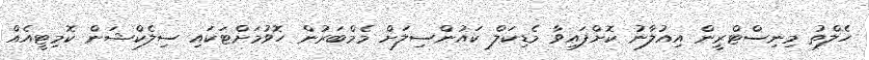
ހެލްތު މިނިސްޓްރީން އިއުލާނު ކޮށްފައިވާ މެޑިކަލް ކައުންސިލަށް މެމްބަރުން ހޮވުމަށްޓަކައި ސިލެކްޝަން ކޮމިޓީއެއް